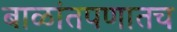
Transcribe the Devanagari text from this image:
बाळांतपणातच